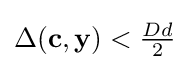
\Delta (\mathbf {c} ,\mathbf {y} )<{\tfrac {Dd}{2}}